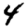
Digit: 4